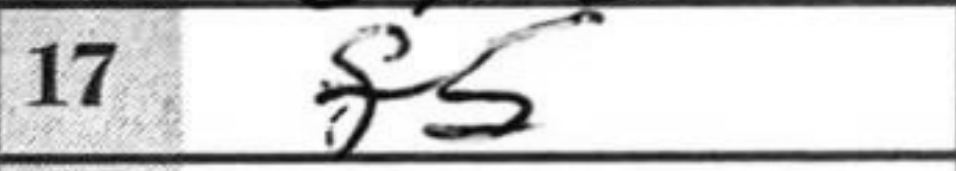
Transcription: f5